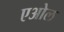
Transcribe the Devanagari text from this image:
एओल